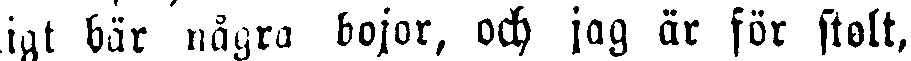
igt bär nägra bojor, och jag är för stolt,